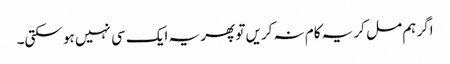
اگر ہم مل کر یہ کام نہ کریں تو پھر یہ ایک سی نہیں ہو سکتی۔